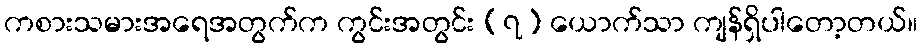
ကစားသမားအရေအတွက်က ကွင်းအတွင်း (၇) ယောက်သာ ကျန်ရှိပါတော့တယ်။